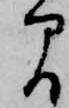
間